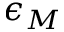
\epsilon _ { M }